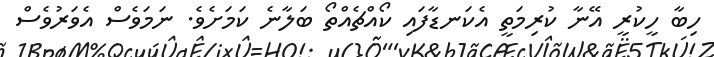
ހިބާ ހީކުރީ އޭނާ ކުރިމަތީ އެކަނޑާފައި ކޯއްޗެއްތޯ ބަލާނެ ކަމަށެވެ. ނަމަވެސް އެވަރުވެސް